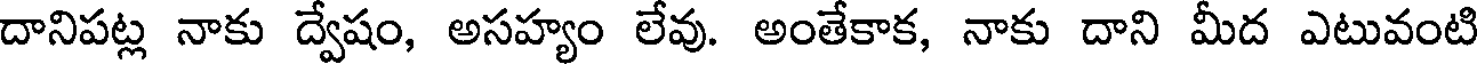
దానిపట్ల నాకు ద్వేషం, అసహ్యం లేవు. అంతేకాక, నాకు దాని మీద ఎటువంటి